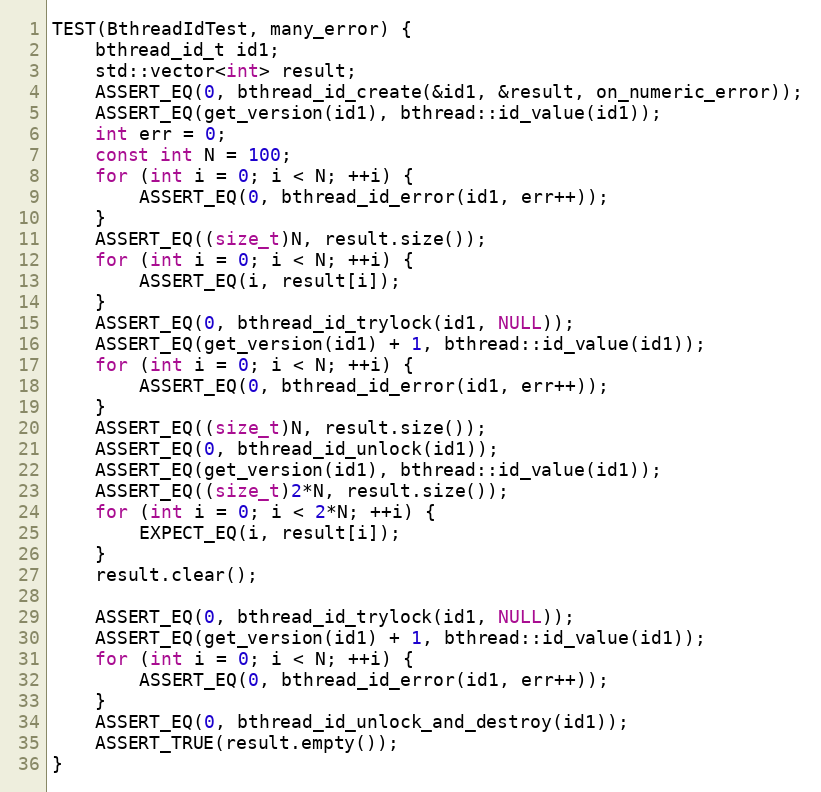
Language: C++
TEST(BthreadIdTest, many_error) {
    bthread_id_t id1;
    std::vector<int> result;
    ASSERT_EQ(0, bthread_id_create(&id1, &result, on_numeric_error));
    ASSERT_EQ(get_version(id1), bthread::id_value(id1));
    int err = 0;
    const int N = 100;
    for (int i = 0; i < N; ++i) {
        ASSERT_EQ(0, bthread_id_error(id1, err++));
    }
    ASSERT_EQ((size_t)N, result.size());
    for (int i = 0; i < N; ++i) {
        ASSERT_EQ(i, result[i]);
    }
    ASSERT_EQ(0, bthread_id_trylock(id1, NULL));
    ASSERT_EQ(get_version(id1) + 1, bthread::id_value(id1));
    for (int i = 0; i < N; ++i) {
        ASSERT_EQ(0, bthread_id_error(id1, err++));
    }
    ASSERT_EQ((size_t)N, result.size());
    ASSERT_EQ(0, bthread_id_unlock(id1));
    ASSERT_EQ(get_version(id1), bthread::id_value(id1));
    ASSERT_EQ((size_t)2*N, result.size());
    for (int i = 0; i < 2*N; ++i) {
        EXPECT_EQ(i, result[i]);
    }
    result.clear();

    ASSERT_EQ(0, bthread_id_trylock(id1, NULL));
    ASSERT_EQ(get_version(id1) + 1, bthread::id_value(id1));
    for (int i = 0; i < N; ++i) {
        ASSERT_EQ(0, bthread_id_error(id1, err++));
    }
    ASSERT_EQ(0, bthread_id_unlock_and_destroy(id1));
    ASSERT_TRUE(result.empty());
}